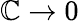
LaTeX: \mathbb{C}\to0